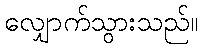
လျှောက်သွားသည်။